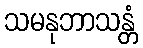
သမနုဘာသန္တံ